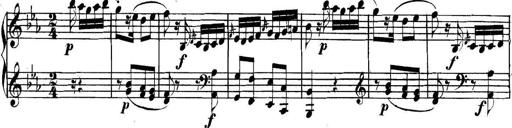
Title: Collected Piano Sonatas
Composer: Muzio Clementi